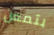
بتمعن